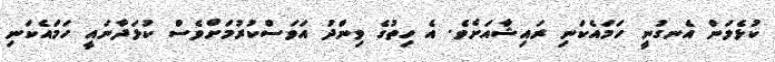
ކުޅެލަން އެނގުނީ ހަމައެކަނި ރައިޝާއަށެވެ. އެ ހިތުގެ ވިންދު އަވަސްކުރުމަށްވެސް ކުޅަދާނައީ ހަމައެކަނި